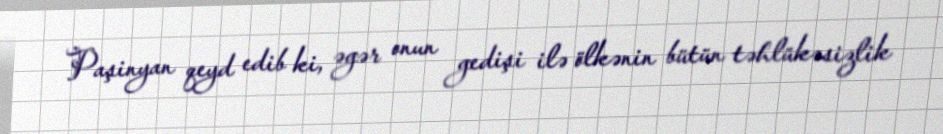
Paşinyan qeyd edib ki, əgər onun gedişi ilə ölkənin bütün təhlükəsizlik